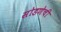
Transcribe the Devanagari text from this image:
सोडणेची